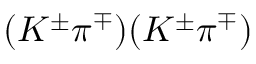
( K ^ { \pm } \pi ^ { \mp } ) ( K ^ { \pm } \pi ^ { \mp } )